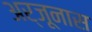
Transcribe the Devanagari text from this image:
अर्जूनास